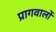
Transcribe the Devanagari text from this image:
प्रागवालों